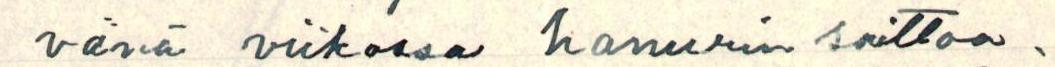
vänä viikossa hanurin soittoa.